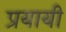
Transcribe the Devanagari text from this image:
प्रयायी